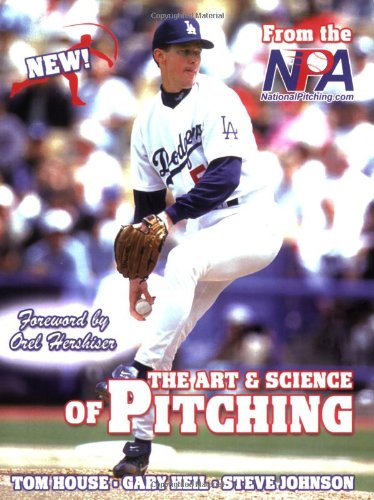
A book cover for The Art & Science of Pitching; Tom House; Sports & Outdoors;